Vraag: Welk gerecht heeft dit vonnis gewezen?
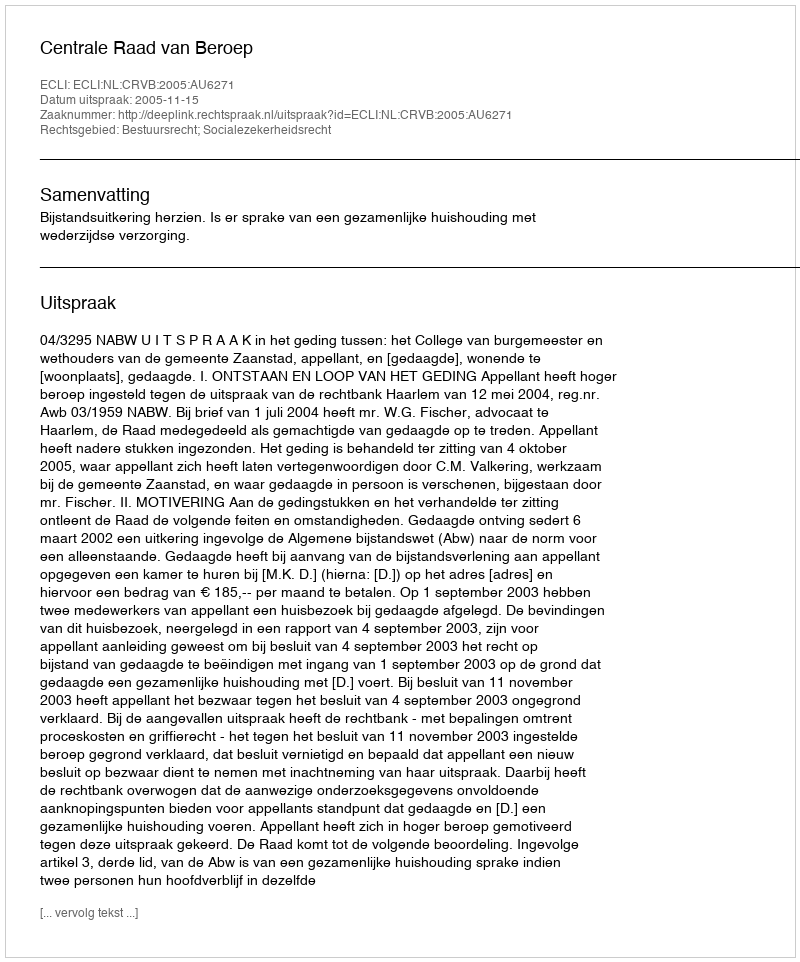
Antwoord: Centrale Raad van Beroep